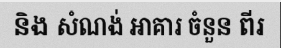
និង សំណង់ អាគារ ចំនួន ពីរ